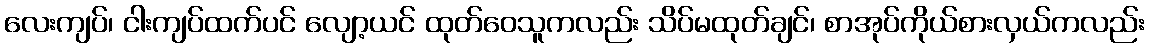
လေးကျပ်၊ ငါးကျပ်ထက်ပင် လျော့ယင် ထုတ်ဝေသူကလည်း သိပ်မထုတ်ချင်၊ စာအုပ်ကိုယ်စားလှယ်ကလည်း